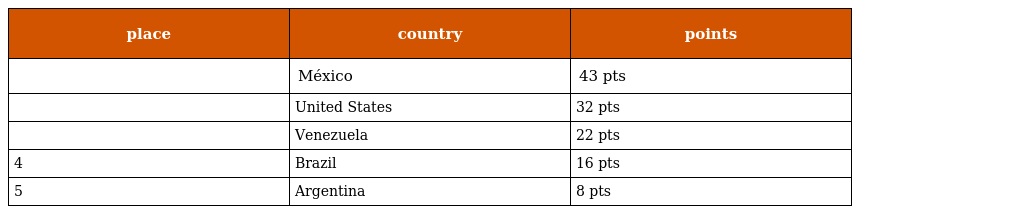
| place | country | points |
 | --- | --- | --- |
 |  | México | 43 pts |
 |  | United States | 32 pts |
 |  | Venezuela | 22 pts |
 | 4 | Brazil | 16 pts |
 | 5 | Argentina | 8 pts |